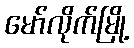
မော်လိုက်မြို့